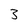
Character: 3